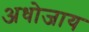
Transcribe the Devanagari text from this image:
अधोजाय